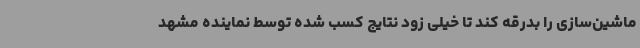
ماشین‌سازی را بدرقه کند تا خیلی زود نتایج کسب شده توسط نماینده مشهد